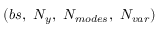
( b s , \ N _ { y } , \ N _ { m o d e s } , \ N _ { v a r } )